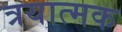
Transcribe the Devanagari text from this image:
त्रयात्मक